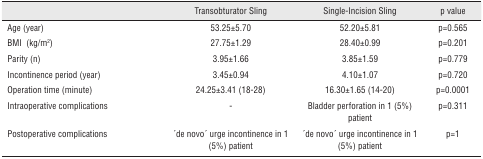
<table><thead><tr><td></td><td><b>Transobturator Sling</b></td><td><b>Single-Incision Sling</b></td><td><b>p value</b></td></tr></thead><tbody><tr><td>Age (year)</td><td>53.25±5.70</td><td>52.20±5.81</td><td>p=0.565</td></tr><tr><td>BMI (kg/m<sup>2</sup>)</td><td>27.75±1.29</td><td>28.40±0.99</td><td>p=0.201</td></tr><tr><td>Parity (n)</td><td>3.95±1.66</td><td>3.85±1.59</td><td>p=0.779</td></tr><tr><td>Incontinence period (year)</td><td>3.45±0.94</td><td>4.10±1.07</td><td>p=0.720</td></tr><tr><td>Operation time (minute)</td><td>24.25±3.41 (18–28)</td><td>16.30±1.65 (14–20)</td><td>p=0.0001</td></tr><tr><td>Intraoperative complications</td><td>-</td><td>Bladder perforation in 1 (5%) patient</td><td>p=0.311</td></tr><tr><td>Postoperative complications</td><td>‘de novo’ urge incontinence in 1 (5%) patient</td><td>‘de novo’ urge incontinence in 1 (5%) patient</td><td>p=1</td></tr></tbody></table>